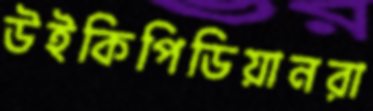
উইকিপিডিয়ানরা